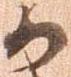
か